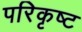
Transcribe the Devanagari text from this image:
परिकृष्ट